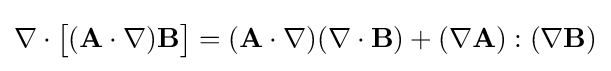
\nabla \cdot {\big [}(\mathbf {A} \cdot \nabla )\mathbf {B} {\big ]}=(\mathbf {A} \cdot \nabla )(\nabla \cdot \mathbf {B} )+(\nabla \mathbf {A} ):(\nabla \mathbf {B} )